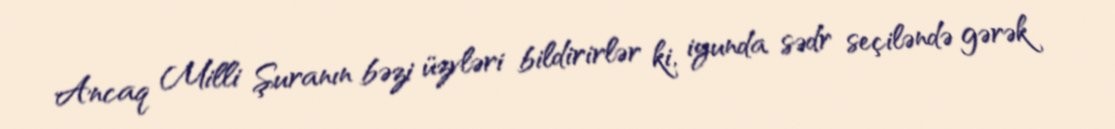
Ancaq Milli Şuranın bəzi üzvləri bildirirlər ki, iyunda sədr seçiləndə gərək